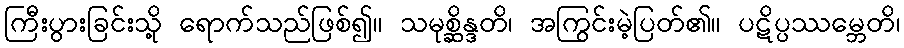
ကြီးပွားခြင်းသို့ ရောက်သည်ဖြစ်၍။ သမုစ္ဆိန္ဒတိ၊ အကြွင်းမဲ့ပြတ်၏။ ပဋိပ္ပဿမ္ဘေတိ၊